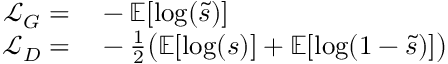
\begin{array} { r l } { \mathcal { L } _ { G } = } & { { } - \mathbb { E } [ \log ( \tilde { s } ) ] } \\ { \mathcal { L } _ { D } = } & { { } - \frac { 1 } { 2 } \bigl ( \mathbb { E } [ \log ( s ) ] + \mathbb { E } [ \log ( 1 - \tilde { s } ) ] \bigr ) } \end{array}